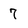
Character: 7